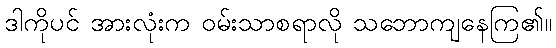
ဒါကိုပင် အားလုံးက ဝမ်းသာစရာလို သဘောကျနေကြ၏။